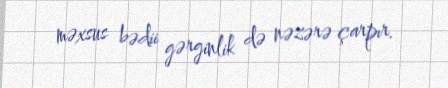
məxsus bədii gərginlik də nəzərə çarpır.